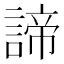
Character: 諦